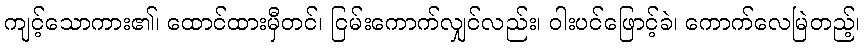
ကျင့်သောကား၏၊ ထောင်ထားမှီတင်၊ ငြမ်းကောက်လျှင်လည်း၊ ဝါးပင်ဖြောင့်ခဲ၊ ကောက်လေမြဲတည့်၊